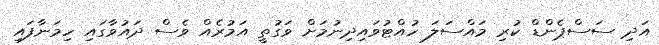
އަދި ސަސްޕެންޑް ކުރި މައްސަލަ ހުއްޓުވައިދިނުމަށް ވަގުތީ އަމުރެއް ވެސް ދައުވާގައި ހިމަނާފައި